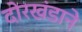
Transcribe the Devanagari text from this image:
दोरखंडाने